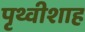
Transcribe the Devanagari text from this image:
पृथ्वीशाह